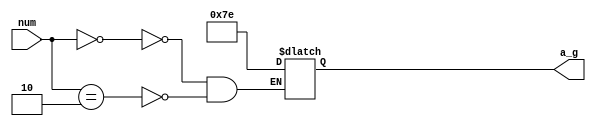
module seg_dec(
    num,
    a_g



);
input[3:0]      num;
output[6:0]     a_g;

reg [6:0]   a_g;
always @(num)begin
    case(num)
    4'd0:
    begin
        a_g<=7'b111_1110;    
    end
     4'd2:
    begin
        a_g<=7'b111_1110;    
    end
    default:
    begin
        
    end
    endcase
end



endmodule